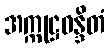
အက္ကုဋ္ဌဝန္ဒိတံ